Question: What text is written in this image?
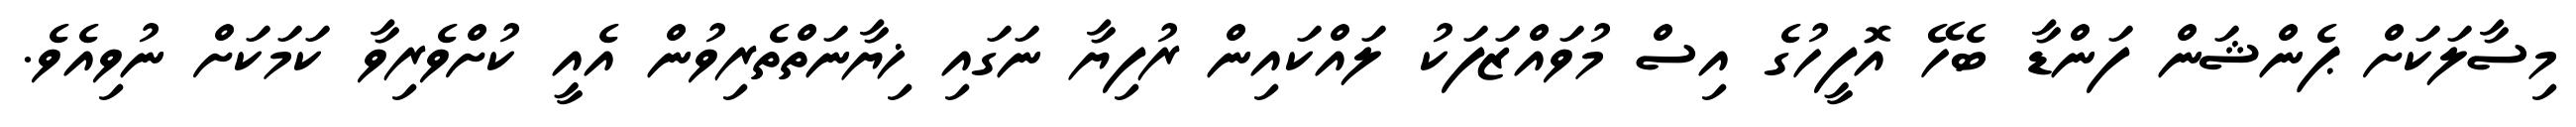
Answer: މިސާލަކަށް ޕެންޝަން ފަންޑާ ބެހޭ އޮފީހުގެ އިސް މުވައްޒަފަކު ލައްކައިން ރުފިޔާ ނަގައި ޚިޔާނަތްތެރިވުން އެއީ ކުށްވެރިވާ ކަމަކަށް ނުވިއެވެ.